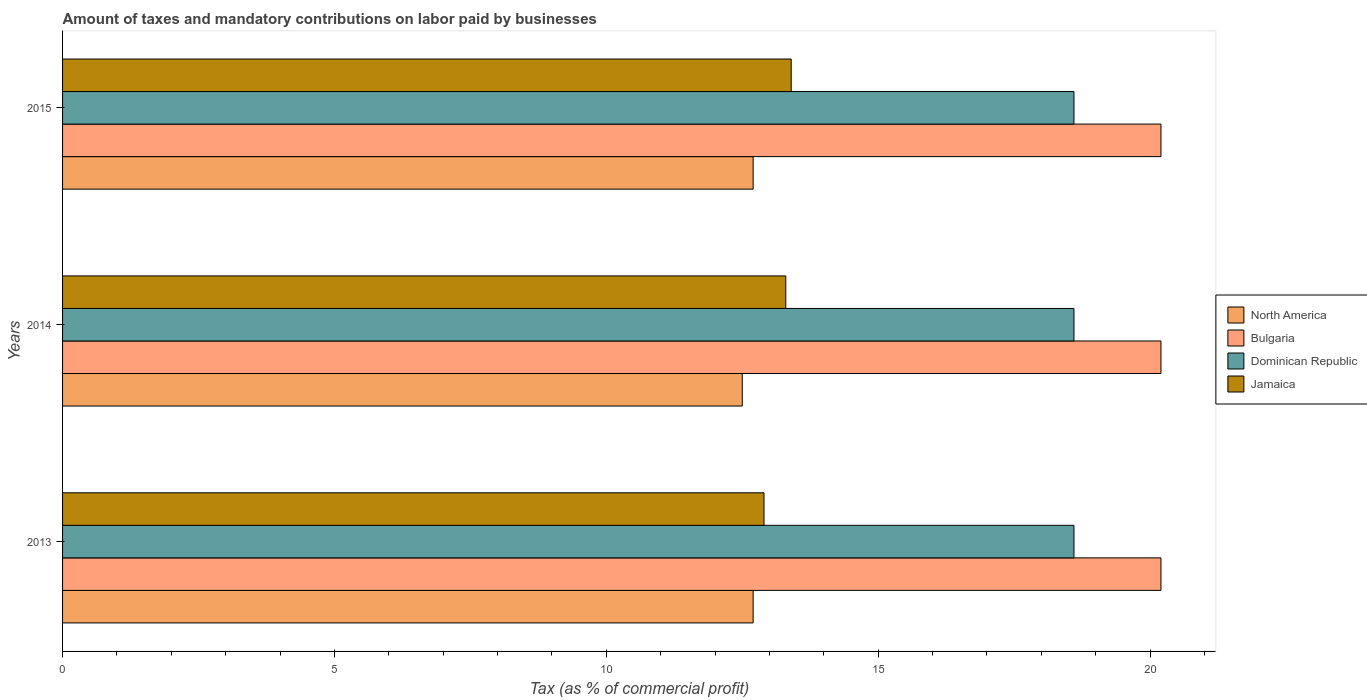
| Years | North America | Bulgaria | Dominican Republic | Jamaica |
 | --- | --- | --- | --- | --- |
 | 2013 | 12.7 | 20.2 | 18.6 | 12.9 |
 | 2014 | 12.5 | 20.2 | 18.6 | 13.3 |
 | 2015 | 12.7 | 20.2 | 18.6 | 13.4 |